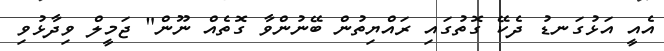
އެއީ އަޅުގަނޑު ދެކޭ ގޮތުގައި ރައްޔިތުން ބޭނުންވާ ގޮތެއް ނޫން" ޖަމީލް ވިދާޅުވި